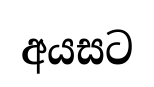
අයසට